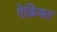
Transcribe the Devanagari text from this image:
ऐफ़्रिका